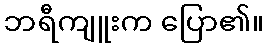
ဘရီကျူးက ပြော၏။